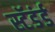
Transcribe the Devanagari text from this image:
स्टॅडंर्ड